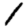
Digit: 1